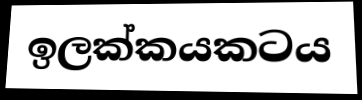
ඉලක්කයකටය